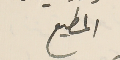
المطيع